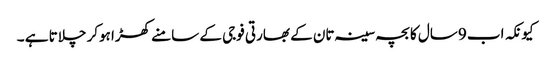
کیونکہ اب 9سال کا بچہ سینہ تان کے بھارتی فوجی کے سامنے کھڑا ہوکر چلاتا ہے ۔